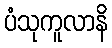
ပံသုကူလာနိ